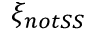
\xi _ { n o t S S }